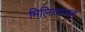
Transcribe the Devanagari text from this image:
मिलिन्दपन्ह